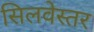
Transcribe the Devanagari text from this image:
सिलवेस्तर